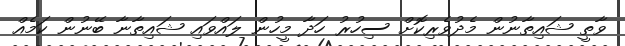
ވާތީ ޝައިތާނުން މެދުވެރިކޮށް ސިހުރު ހަދާ މީހުން ލައްވައި ޝައިތާނާ ބޭނުން ކަމެއް